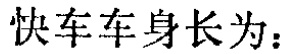
快车车身长为：